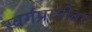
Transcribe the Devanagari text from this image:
स्वर्गप्राप्तीवर